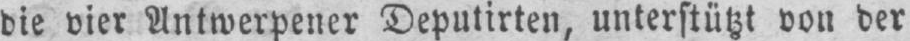
die vier Antwerpens Deputirten, unterstützt von der